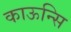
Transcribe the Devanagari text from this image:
काऊन्सि